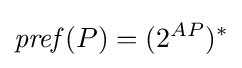
{\mathit {pref}}(P)=(2^{AP})^{*}